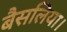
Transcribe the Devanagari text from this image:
बैसलिया।